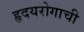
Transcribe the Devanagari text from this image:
हृदयरोगाची